Report on horse surra - Volume II, Part II
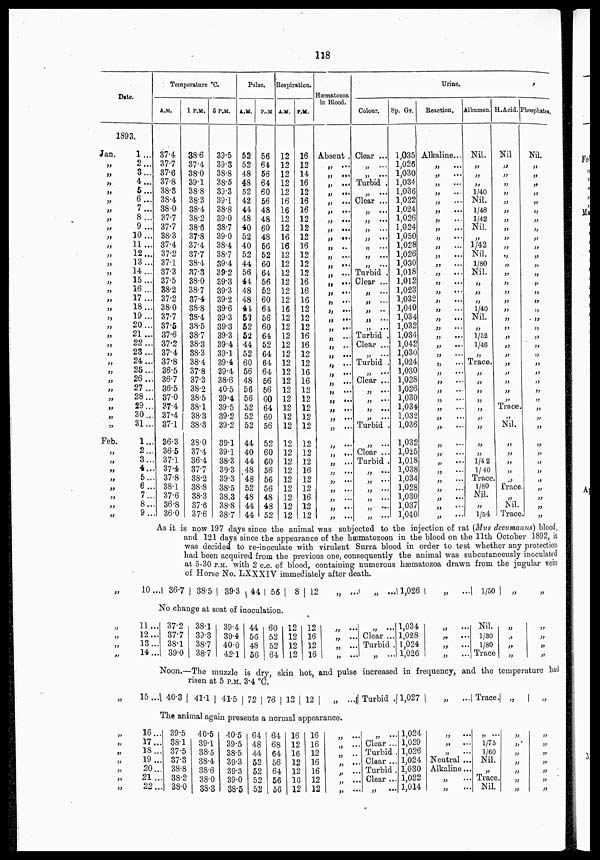
118
Date.
1893.
Jan.
„
„
„
„
„
„
„
„
„
„
„
„
„
„
„
„
„
„
„
„
„
„
„
„
„
„
„
„
„
„
Feb.
„
„
„
„
„
„
„
„
1...
2...
3...
4...
5...
6...
7...
8 ...
9 ...
10...
11...
12...
13...
14...
15...
16...
17...
18...
19...
20...
21...
22...
23...
24...
25...
26...
27...
28...
29...
30...
31...
1...
2...
3...
4...
5...
6...
7...
8...
9...
Temperature °C.
A.M.
37.4
37.7
37.6
37.8
38.3
38.4
38.0
37.7
37.7
38.3
37.4
37.2
37.1
37.3
37.5
38.2
37.2
38.0
37.7
37.5
37.6
37.2
37.4
37.8
36.5
36.7
36.5
37.0
37.4
37.4
37.1
36.3
36.5
37.1
37.4
37.8
38.1
37.6
36.8
36.0
P.M.
38.6
37.4
38.0
39.1
38.8
38.3
38.4
38.2
38.6
37.8
37.4
37.7
38.4
37.3
38.0
38:7
37.4
38.8
38.4
38.5
38.7
38.3
38.3
38.4
37.8
37.3
38.2
38.5
38.1
38.3
38.3
38.0
37.4
36.4
37.7
38.2
38.8
38.3
37.6
37.6
5 P.M.
39.5
39.3
38.8
38.5
39.3
39.1
38.8
39.0
38.7
39.0
38.4
38.7
39.4
39.2
39.3
39.3
39.2
39.6
39.3
39.3
39.3
39.4
39.1
39.4
39.4
38.6
40.5
39.4
39.5
39.2
39.2
39.1
39.1
38.3
39.3
39.3
38.5
38.3
38.8
38.7
Pulse.
A.M.
52
52
48
48
52
42
44
48
40
52
40
52
44
56
44
48
48
44
52
52
52
44
52
60
56
48
56
56
52
52
52
44
40
44
48
48
52
48
44
44
P.M.
56
64
56
64
60
56
48
48
60
48
56
52
60
64
56
52
60
64
56
60
64
52
64
64
64
56
56
60
64
60
56
52
60
60
56
56
56
48
48
52
Respiration.
A.M.
12
12
12
12
12
16
16
12
12
16
16
12
12
12
12
12
12
16
12
12
12
12
12
12
12
12
12
12
12
12
12
12
12
12
12
12
12
12
12
12
P.M.
16
12
14
16
12
16
16
12
12
12
16
12
12
12
16
16
16
12
12
12
16
16
12
12
16
16
12
12
12
12
12
12
12
12
16
12
12
16
12
12
Hæmatozoa
in Blood.
Absent .
„ ...
„ ...
„ ...
„ ...
„ ...
„ ...
„ ...
„ ...
„ ...
„ ...
„ ...
„ ...
„ ...
„ ...
„ ...
„ ...
„ ...
„ ...
„ ...
„ ...
„ ...
„ ...
„ ...
„ ...
„ ...
„ ...
„ ...
„ ...
„ ...
„ ...
„ ...
„ ...
„ ...
„ ...
„ ...
„ ...
„ ...
„ ...
„ ...
Colour.
Clear ...
„ ...
„ ...
Turbid ...
„ ...
Clear ...
„ ...
„ ...
„ ...
„ ...
„ ...
„ ...
„ ...
Turbid ...
Clear ...
„ ...
„ ...
„ ...
„ ...
„ ...
Turbid ...
Clear ...
„ ...
Turbid
„ ...
Clear ...
„ ...
„ ...
„ ...
„
Turbid
„ ...
Clear ...
Turbid .
„ ...
„ ...
„ ...
„ ...
„ ...
„ ...
Sp. Gr.
1,035
1,026
1,030
1,034
1,036
1,022
1,024
1,026
1,024
1,050
1,028
1,026
1,030
1,018
1,012
1,023
1,032
1,040
1,034
1,032
1,034
1,042
1,030
1,024
1,030
1,028
1,026
1,030
1,034
1,032
1,036
1,032
1,025
1,018
1,038
1,034
1,028
1,030
1,037
1,040
Urine.
Reaction.
Alkaline...
„
...
„ ...
„ ...
„ ...
„ ...
„ ...
„ ...
„ ...
„ ...
„ ...
„ ...
„ ...
„ ...
„ ...
„ ...
„ ...
„ ...
„ ...
„ ...
„ ...
„ ...
„ ...
„ ...
„ ...
„ ...
„ ...
„ ...
„ ...
„ ...
„ ...
„ ...
„ ...
„ ...
„ ...
„ ...
„ ...
„ ...
„ ...
„ ...
Albumen.
Nil.
„
„
„
1/40
Nil.
1/48
1/42
Nil.
„
1/42
Nil.
1/80
Nil.
„
„
„
1/40
Nil.
„ ...
1/52
1/46
„
Trace.
„
„
„
„
„
„
„
„
„
1/42
1/40
Trace.
1/80
Nil.
„ 1/54
H.Acid.
Nil
„
„
„
„
„
„
„
„
„
„
„
„
„
„
„
„
„
„
„
„
„
„
„
„
„
„
„
Trace
„
Nil.
„
„
„
„
„
Trace.
„
Nil.
Trace
Phosphates.
Nil.
„
„
„
„
„
„
„
„
„
„
„
„
„
„
„
„
„
„
„
„
„
„
„
„
„
„
„
„
„
„
„
„
„
„
„
„
„
„
„
As it is now 197 days since the animal was subjected to the injection of rat (Mus decumanus) blood,
and 121 days since the appearance of the hæmatozoon in the blood on the 11th October 1892, it
was decided to re-inoculate with virulent Surra blood in order to test whether any protection
had been acquired from the previous one, consequently the animal was subcutaneously inoculated
at 5-30 P.M. with 2 c.c. of blood, containing numerous hæmatozoa drawn from the jugular vein
of Horse No. LXXXIV immediately after death.
„
„
„
„
„
„
„
„
„
„
„
„
„
10... 36.7 38.5 39.3 44 56
8 12
No change at seat of inoculation.
11...
12...
13...
14...
37.2
37.7
38.1
39.0
38.1
39.3
38.7
38.7
39.4
39.4
40.0
42.1
44
56
48
56
60
52
52
64
12
12
12
12
12
16
12
16
„ ...
„ ... 1,026
„ ... 1/50
„
„
„ ...
„ ...
„ ...
„ ...
„ ...
Clear ...
Turbid .
„ ...
1,034
1,028
1,024
1,026
„ ...
„ ...
„
...
„ ...
Nil.
1/30
1/80
Trace
„
„
„
„
„
„
„
„
Noon.-The muzzle is dry, skin hot, and pulse increased in frequency, and the temperature had
risen at 5 P.M. 3.4 °C.
15... 40.3 41.1 41.5 72 76 12 12
„ ... Turbid. 1,027
„ ... Trace. „
„
The animal again presents a normal appearance.
16...
17...
18...
19...
20...
21...
22...
39.5
38.1
37.5
37.3
38.8
38.2
38.0
40.5
39.1
38.5
38.4
38.6
38.0
38.3
40.5
39.5
38.5
39.3
39.3
39.0
38.5
64
48
44
52
52
52
52
64
68
64
56
64
56
56
16
12
16
12
12
16
12
16
16
12
16
16
12
12
„ ...
„ ...
„ ..
„ ...
„ ...
„ ...
„ ...
„ ...
Clear ...
Turbid.
Clear ...
Turbid .
Clear ..
„ ...
1,024
1,029
1,026
1,024
1,030
1,022
1,014
„ ...
„
...
„
...
Neutral ...
Alkaline...
„ ...
„ ...
„ ...
1/75
1/60
Nil.
„
Trace.
Nil.
„
„
„
„
„
„
„
„
„
„
„
„
„
„